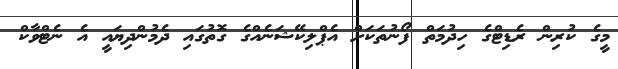
މީގެ ކުރިން ރެޑިޓްގެ ހިދުމަތް ފޯނުތަކަށް އެޕްލިކޭޝަނެއްގެ ގޮތުގައި ދެމުންދިޔައީ އެ ނެޓްވާކް